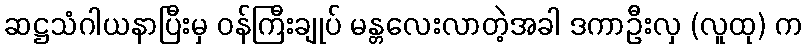
ဆဋ္ဌသံဂါယနာပြီးမှ ဝန်ကြီးချုပ် မန္တလေးလာတဲ့အခါ ဒကာဦးလှ (လူထု) က